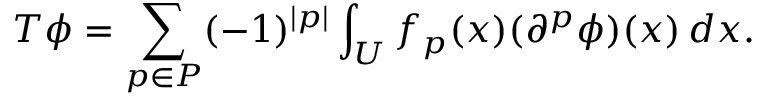
T \phi = \sum _ { p \in P } ( - 1 ) ^ { | p | } \int _ { U } f _ { p } ( x ) ( \partial ^ { p } \phi ) ( x ) \, d x .